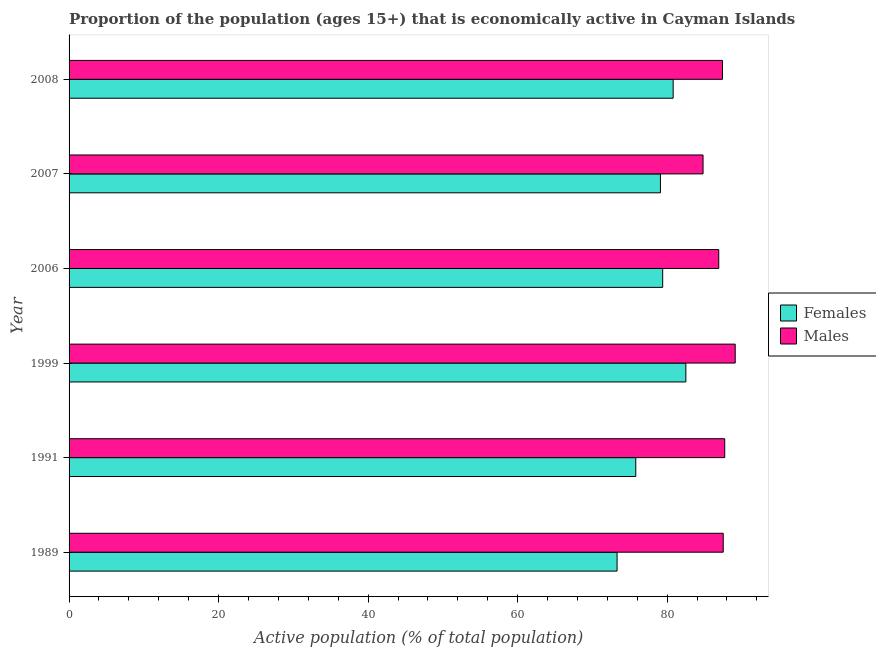
| Year | Females | Males |
 | --- | --- | --- |
 | 1989 | 73.3 | 87.5 |
 | 1991 | 75.8 | 87.7 |
 | 1999 | 82.5 | 89.1 |
 | 2006 | 79.4 | 86.9 |
 | 2007 | 79.1 | 84.8 |
 | 2008 | 80.8 | 87.4 |